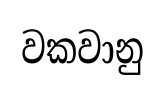
වකවානු